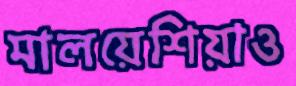
মালয়েশিয়াও